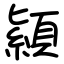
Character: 顈